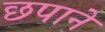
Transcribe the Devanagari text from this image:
छपाने